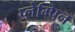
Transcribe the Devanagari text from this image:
प्लेम्पिन